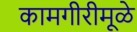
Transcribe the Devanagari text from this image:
कामगीरीमूळे